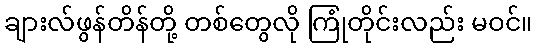
ချားလ်ဖွန်တိန်တို့ တစ်တွေလို ကြုံတိုင်းလည်း မဝင်။